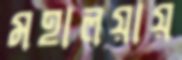
মহালয়ায়